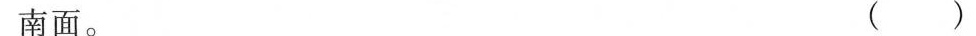
南面。 ()